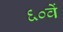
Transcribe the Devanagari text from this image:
६०वें